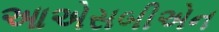
આએસબીએન